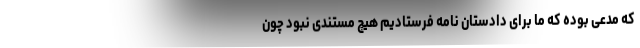
که مدعی بوده که ما برای دادستان نامه فرستادیم هیچ مستندی نبود چون